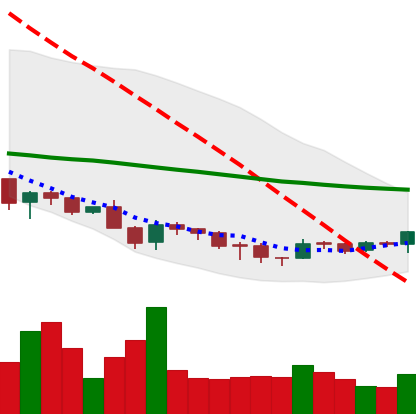
Ticker: DOGE-USD
Chart end date: 2018-12-03
Forward return: -10.586%
Label: down_7plus